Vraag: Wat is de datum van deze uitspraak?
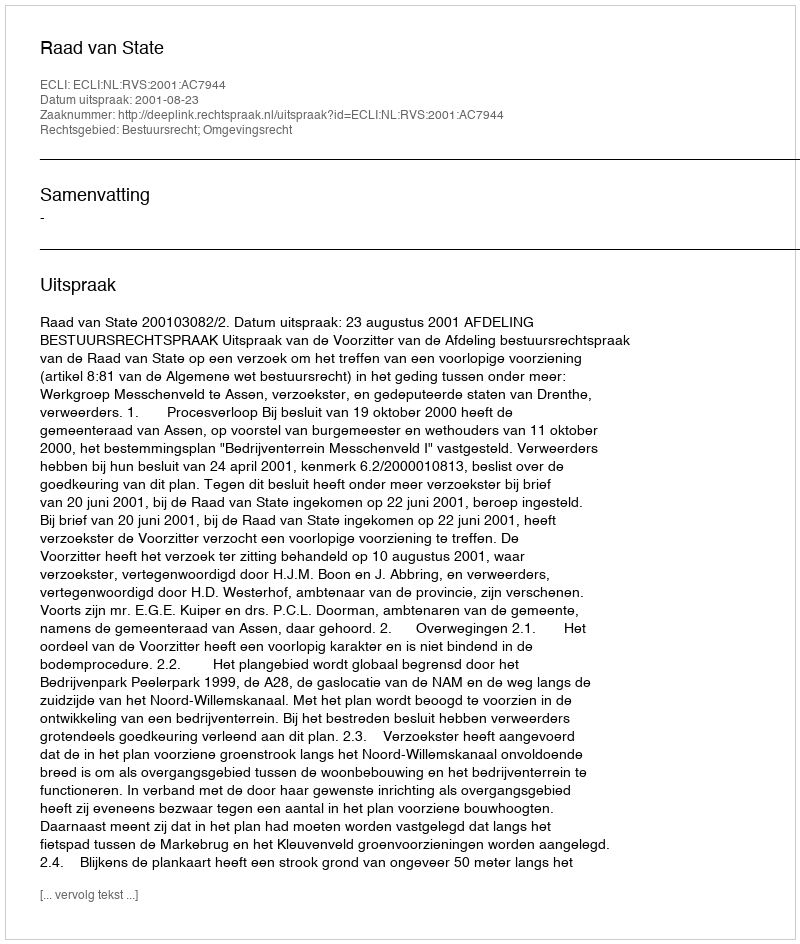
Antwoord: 2001-08-23